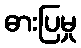
ဓားပြမှု